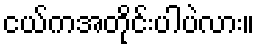
ငယ်ကအတိုင်းပါပဲလား။